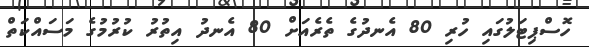
ހޮސްޕިޓަލުގައި ހުރި 80 އެނދުގެ ތެރެއަށް 80 އެނދު އިތުރު ކުރުމުގެ މަސައްކަތް